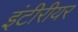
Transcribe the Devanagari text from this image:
इंटीरीयर